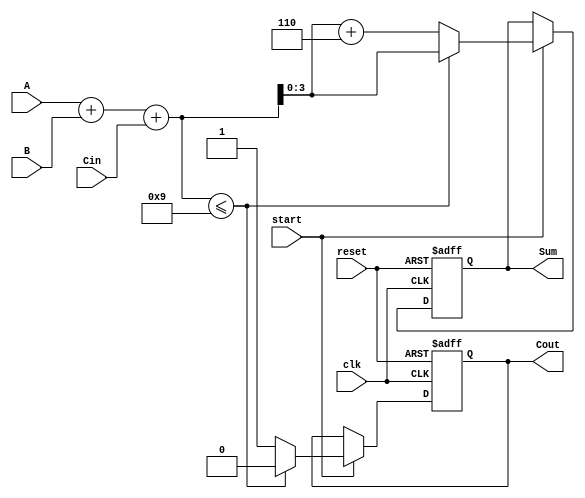
module BCD_Sequential_Adder (
    input wire clk,          // Clock signal
    input wire reset,        // Reset signal
    input wire start,        // Start signal for addition
    input wire [3:0] A,      // First BCD input
    input wire [3:0] B,      // Second BCD input
    input wire Cin,          // Carry input
    output reg [3:0] Sum,    // BCD sum output
    output reg Cout          // Carry output
);

    reg [4:0] Temp;          // Intermediate result (5 bits)

    always @(posedge clk or posedge reset) begin
        if (reset) begin
            Sum <= 4'b0000;  // Clear Sum on reset
            Cout <= 1'b0;    // Clear Cout on reset
        end else if (start) begin
            // Step 1: Perform binary addition
            Temp = A + B + Cin;

            // Step 2: Check the intermediate result
            if (Temp <= 5'd9) begin
                Sum <= Temp[3:0]; // Lower 4 bits are the result
                Cout <= 1'b0;      // No carry out
            end else begin
                Temp = Temp + 5'd6; // Adjust for BCD
                Sum <= Temp[3:0];   // Lower 4 bits are the result
                Cout <= 1'b1;       // Carry out
            end
        end
    end
endmodule